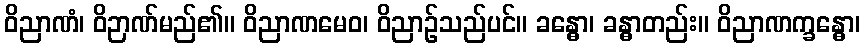
ဝိညာဏံ၊ ဝိဉာဏ်မည်၏။ ဝိညာဏမေဝ၊ ဝိညာဉ်သည်ပင်။ ခန္ဓော၊ ခန္ဓာတည်း။ ဝိညာဏက္ခန္ဓော၊